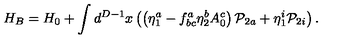
H _ { B } = H _ { 0 } + \int d ^ { D - 1 } x \left( \left( \eta _ { 1 } ^ { a } - f _ { b c } ^ { a } \eta _ { 2 } ^ { b } A _ { 0 } ^ { c } \right) { \cal P } _ { 2 a } + \eta _ { 1 } ^ { i } { \cal P } _ { 2 i } \right) .